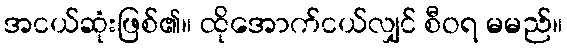
အငယ်ဆုံးဖြစ်၏။ ထိုအောက်ငယ်လျှင် စီဝရ မမည်။